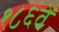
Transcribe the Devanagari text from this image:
१८६वें